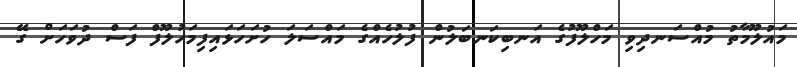
މައުލޫމާތު މުއްސަނދިވި މަހްލޫފުގެ އަނބިކަނބަލުން ފުލުހެއްގެ މައްސަލަ ހުށަހަޅައިފިމަހުލޫފް ފަސް ދުވަހަށް ގޭ